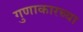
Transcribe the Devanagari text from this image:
गुणाकारच्या